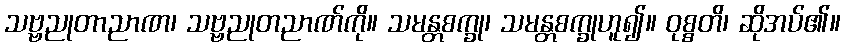
သဗ္ဗညုတာညာဏ၊ သဗ္ဗညုတညာဏ်ကို။ သမန္တစက္ခု၊ သမန္တစက္ခုဟူ၍။ ဝုစ္စတိ၊ ဆိုအပ်၏။